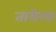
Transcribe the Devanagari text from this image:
तारीखः